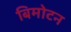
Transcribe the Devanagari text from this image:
बिमोटन